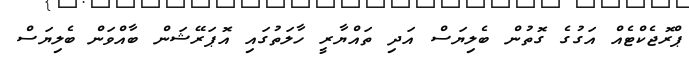
ޕްރޮޖެކްޓެއް އަގުގެ ގޮތުން ބެލިޔަސް އަދި ތައްޔާރީ ހާލަތުގައި އޮޕަރޭޝަން ބާއްވަން ބެލިޔަސް